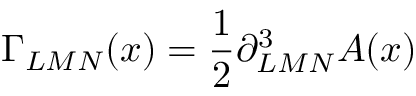
\Gamma _ { L M N } ( x ) = { \frac { 1 } { 2 } } \partial _ { L M N } ^ { 3 } A ( x )